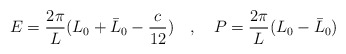
\begin{align*}E=\frac{2\pi }{L}(L_{0}+\bar{L}_{0}-\frac{c}{12})\quad ,\quad P=\frac{2\pi }{L}(L_{0}-\bar{L}_{0})\end{align*}